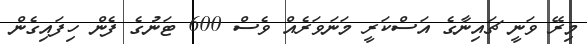
މިރޭ ވަނީ ޗައިނާގެ އަސްކަރީ މަނަވަރެއް ވެސް 600 ޓަނުގެ ފެން ހިފައިގެން